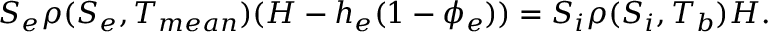
S _ { e } \rho ( S _ { e } , T _ { m e a n } ) ( H - h _ { e } ( 1 - \phi _ { e } ) ) = S _ { i } \rho ( S _ { i } , T _ { b } ) H .